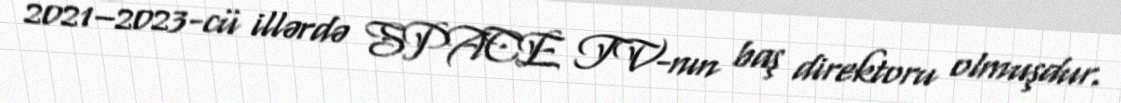
2021–2023-cü illərdə SPACE TV-nın baş direktoru olmuşdur.